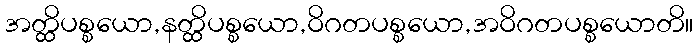
အတ္ထိပစ္စယော,နတ္ထိပစ္စယော,ဝိဂတပစ္စယော,အဝိဂတပစ္စယောတိ။